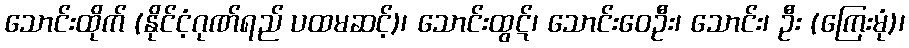
သောင်းထိုက် (နိုင်ငံ့ဂုဏ်ရည် ပထမဆင့်)၊ သောင်းထွဋ်၊ သောင်းဝေဦး၊ သောင်း၊ ဦး (ကြေးမုံ)၊